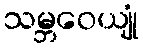
သမ္ဘဝေယျုံ